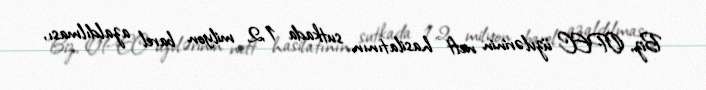
Biz, OPEC üzvlərinin neft hasilatının sutkada 1,2 milyon barel azaldılması,